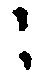
々